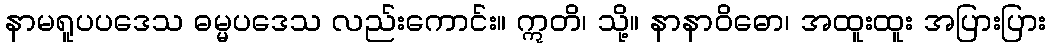
နာမရူပပဒေသ ဓမ္မပဒေသ လည်းကောင်း။ ဣတိ၊ သို့။ နာနာဝိဓော၊ အထူးထူး အပြားပြား